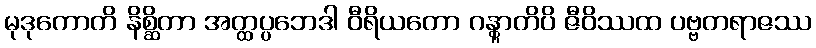
မုဒုကောတိ နိစ္ဆိတာ အတ္ထပ္ပဘေဒါ ဝီရိယတော ဂန္တွာတိပိ ဇီဝိဿထ ပဗ္ဗတရာဇဿ